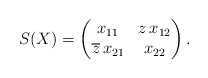
\begin{align*}S(X) = \begin{pmatrix} x_{11} & z \, x_{12} \\\overline{z} \, x_{21} & x_{22}\end{pmatrix}.\end{align*}